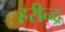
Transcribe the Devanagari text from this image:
हरीन्द्र